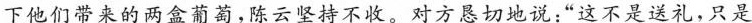
下他们带来的两盒葡萄，陈云坚持不收。对方恳切地说：”这不是送礼，只是